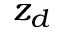
z _ { d }